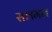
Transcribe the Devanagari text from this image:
सलमल